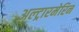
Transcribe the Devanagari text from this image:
अल्ट्रारमेरिन